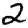
Digit: 2